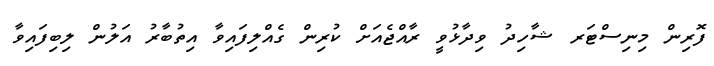
ފޮރިން މިނިސްޓަރ ޝާހިދު ވިދާޅުވީ ރާއްޖެއަށް ކުރިން ގެއްލިފައިވާ އިތުބާރު އަލުން ލިބިފައިވާ